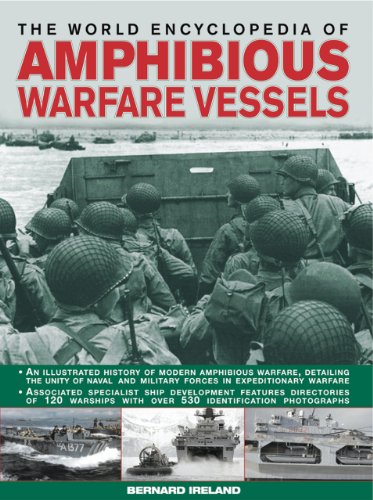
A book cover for The World Encyclopedia of Amphibious Warfare Vessels: An illustrated history of modern amphibious warfare; Bernard Ireland; Reference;